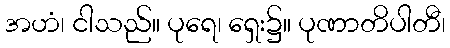
အဟံ၊ ငါသည်။ ပုရေ၊ ရှေး၌။ ပုဏာတိပါတီ၊